Scientific memoirs by medical officers of the Army of India - Part VI,
Year: 1891
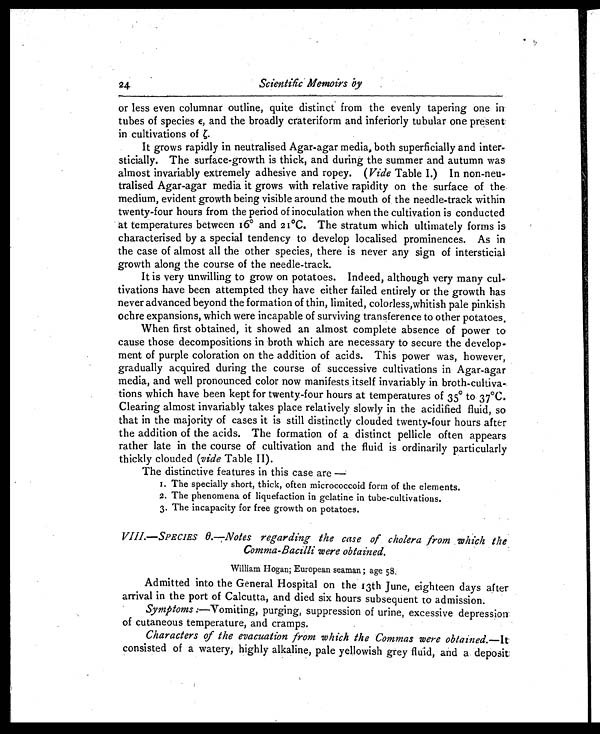
Scientific Memoirs by
or less even columnar outline, quite distinct from the evenly tapering one in
tubes of species ε, and the broadly crateriform and inferiorly tubular one present
in cultivations ofζ .
It grows rapidly in neutralised Agar-agar media, both superficially and inter-
sticially. The surface-growth is thick, and during the summer and autumn was
almost invariably extremely adhesive and ropey. (Vide Table I.) In non-neu-
tralised Agar-agar media it grows with relative rapidity on the surface of the
medium, evident growth being visible around the mouth of the needle-track within
twenty-four hours from the period of inoculation when the cultivation is conducted
at temperatures between 16° and 2 1°C. The stratum which ultimately forms is
characterised by a special tendency to develop localised prominences. As in
the case of almost all the other species, there is never any sign of intersticial
growth along the course of the needle-track.
It is very unwilling to grow on potatoes. Indeed, although very many
cul- ivations have been attempted they have either failed entirely or the growth has
never advanced beyond the formation of thin, limited, colorless,whitish pale pinkish
ochre expansions, which were incapable of surviving transference to other potatoes.
When first obtained, it showed an almost complete absence of power to
cause those decompositions in broth which are necessary to secure the develop-
ment of purple coloration on the addition of acids. This power was, however,
gradually acquired during the course of successive cultivations in Agar-agar
media, and well pronounced color now manifests itself invariably in broth-cultiva-
tions which have been kept for twenty-four hours at temperatures of 35° to 37°C.
Clearing almost invariably takes place relatively slowly in the acidified fluid, so
that in the majority of cases it is still distinctly clouded twenty-four hours after
the addition of the acids. The formation of a distinct pellicle often appears
rather late in the course of cultivation and the fluid is ordinarily particularly
thickly clouded (vide TableII).
The distinctive features in this case are —
1. The specially short, thick, often micrococcoid form of the elements.
2. The phenomena of liquefaction in gelatine in tube-cultivations.
3. The incapacity for free growth on potatoes.
VIII.—SPECIES θ.—Notes regarding the case of cholera from which the
Comma-Bacilli were obtained_
William Hogan; European seaman ; age 58.
Admitted into the General Hospital on the 13th June, eighteen days after
arrival in the port of Calcutta, and died six hours subsequent to admission.
Symptoms :—Vomiting, purging, suppression of urine, excessive depression.
of cutaneous temperature, and cramps.
Characters of the evacuation from which the Commas were obtained.— It
consisted of a watery, highly alkaline, pale yellowish grey fluid, and a deposit
24.